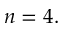
n = 4 .